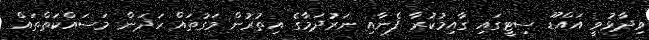
ވިދާޅުވީ އައްޑޫ ސިޓީގައި ގާއިމުކުރާ ފެނާއި ނަރުދަމާގެ އިތުރުން މަގުތައް ހަދަން މަސައްކަތްތައް